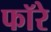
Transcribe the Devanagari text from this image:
फॉरे